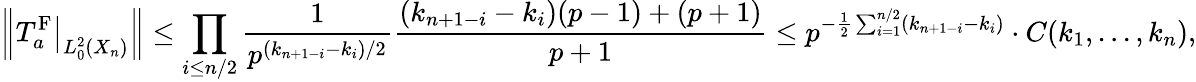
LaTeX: \left\| \left.T_{a}^{\mathrm{F}}\right|_{L_{0}^{2}(X_{n})}\right\| \le\prod_{i\le n/2}\frac{1}{p^{(k_{n+1-i}-k_{i})/2}}\frac{(k_{n+1-i}-k_{i})(p-1)+(p+1)}{p+1}\le p^{-\frac{1}{2}\sum_{i=1}^{n/2}(k_{n+1-i}-k_{i})}\cdot C(k_{1},...,k_{n}),